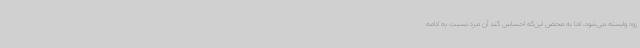
زود وابسته‌ می‌شود، اما به محض این‌که احساس کند آن مرد نسبت به ادامه